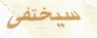
سيختفي